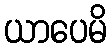
ယာပေမိ